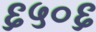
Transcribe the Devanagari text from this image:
६५०६